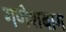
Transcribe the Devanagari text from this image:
गणेशबाग